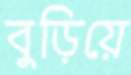
বুড়িয়ে